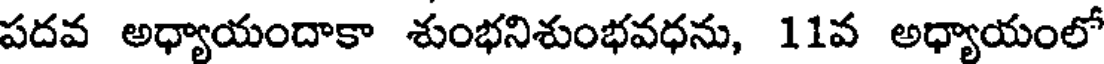
పదవ అధ్యాయందాకా శుంభనిశుంభవధను, 11వ అధ్యాయంలో